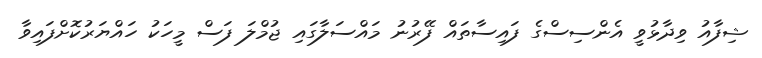
ޝިފާއު ވިދާޅުވީ އެންސިސްގެ ފައިސާތައް ފޭރުނު މައްސަލާގައި ޖުމްލަ ފަސް މީހަކު ހައްޔަރުކޮށްފައިވާ